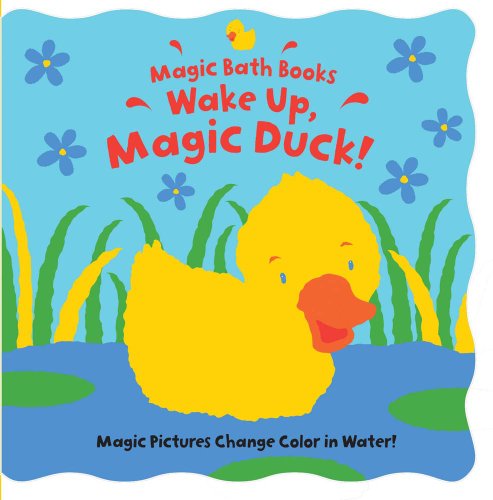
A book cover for Wake Up, Magic Duck! (Magic Bath Books); Moira Butterfield; Children's Books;